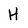
Character: H